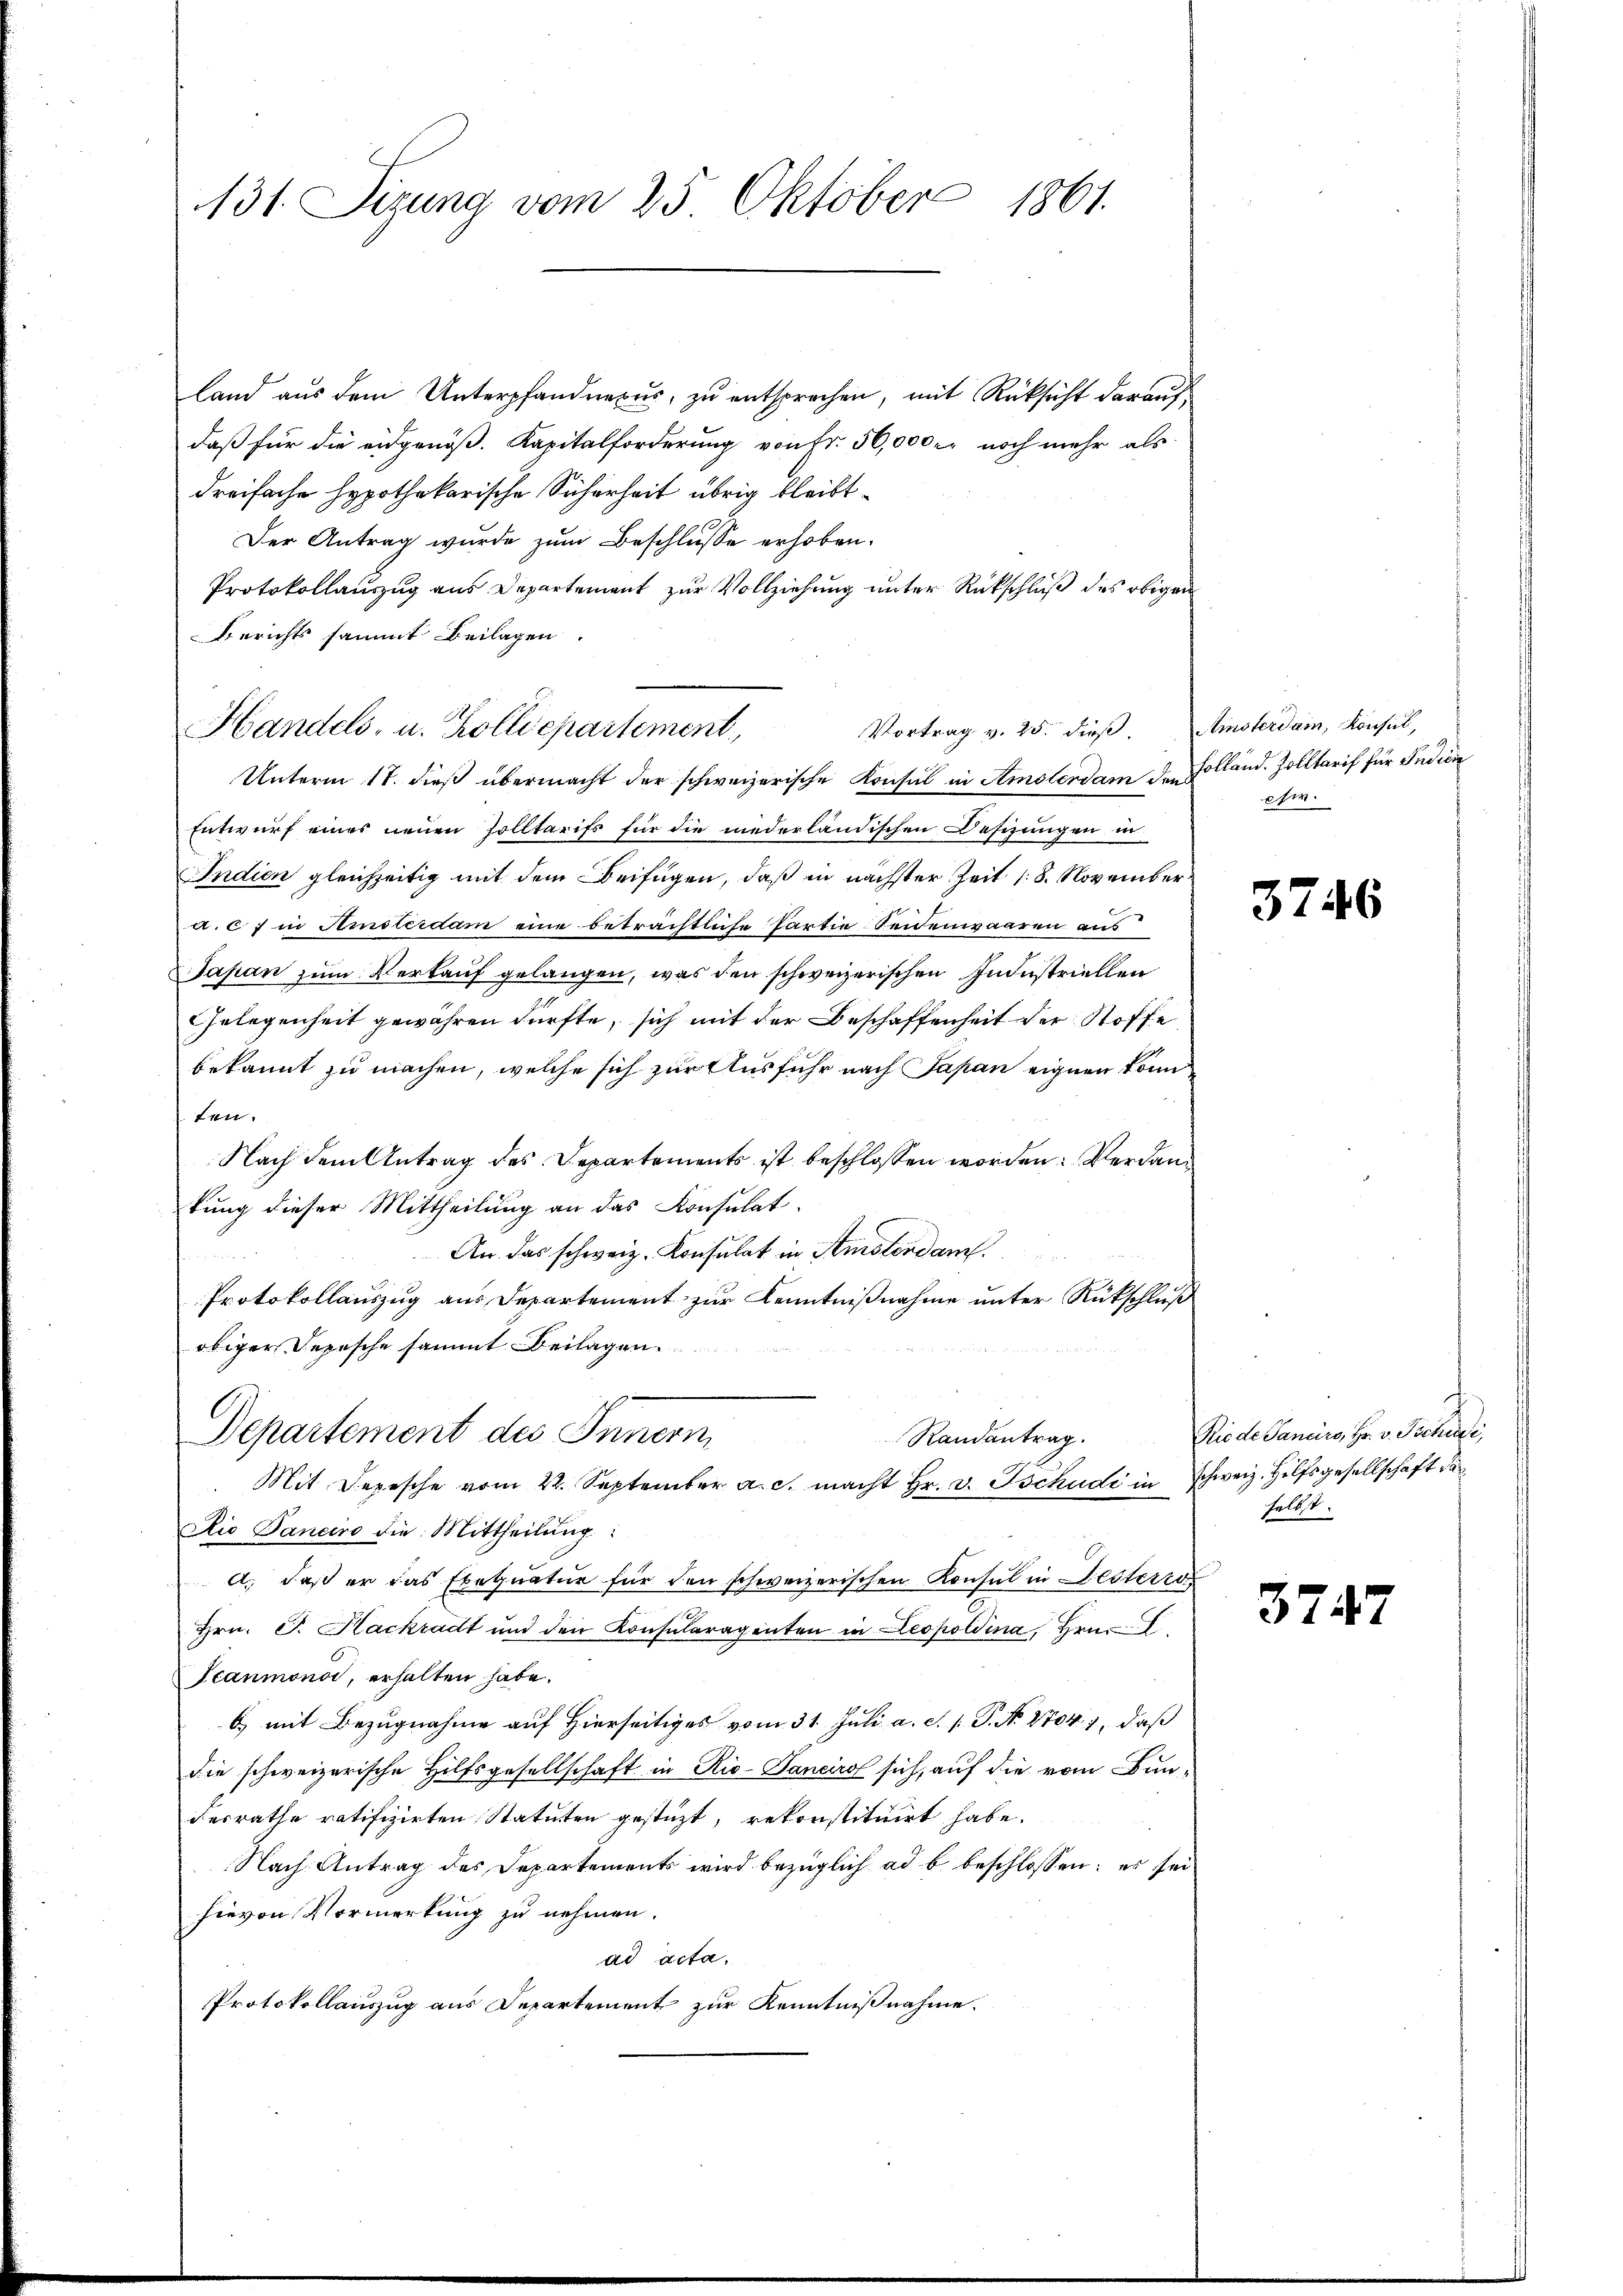
131. Sizung vom 25. Oktober 1861.

land aus dem Unterpfandnexus, zu entsprechen, mit Rücksicht darauf,
daß für die eidgenöß. Kapitalforderung von fr. 56,000 r. noch mehr als
dreifache Hypothekarische Sicherheit übrig bleibt.
Der Antrag wurde zum Beschlusse erhoben.
Protokollauszug aus Departement zur Vollziehung unter Rückschluß des obigen
Berichts sammt Beilagen.
Handels- u. Zolldepartement,
Unterm 17. dieβ übermacht der schweizerische Konsul in Amsterdam den Folland. Zolltarif für Indicin
Entwurf eines neuen Zolltarifs für die niederländischen Desizungen in
Indien gleichzeitig mit dem Beifügen, daß in nächster Zeit 18. November
a. c. 7 in Semsterdam eine beträchtliche Partie Seidenwaaren aus
Japan zum Verkauf gelangen, was den schweizerischen Industriellen
Gelegenheit gewähren dürfte, sich mit der Beschaffenheit der Stoffe
bekannt zu machen, welche sich zur Ausfuhr nach Japan eignen konn
ten.
Nach dem Antrag des Departements ist beschlossen worden: Verdankung dieser Mittheilung an das Konsulat
An. das schweiz. Konsulat in Amsterdam.
u
Protokollauszug aus Departement zur Kenntnißnahme unter Rückschluß
obiger Depesche sammt Beilagen.
Departement des Innern
Randantrag.
Mit Depesche vom 22. September a. c. macht Hr. v. Tschudi in Schweiz. Hilfsgesellschaft de
Aio Banciro die Mittheilung:
A., daß er das Exequatur für den schweizerischen Konsul in Besterras
Hrn. J. Hackradt und den Konsularagenten in Leopoldina, Hrn.
Scanmonat, erhalten habe.
b) mit Bezugnahme auf Hierseitiges vom 31. Juli a. c. s. S. N. 2704. 1, daß
die schweizerische Hilfsgesellschaft in Rio- Sanciro sich, auf die vom Bun¬
Ferrathe ratifizirten Statuten gestüzt, rekonstituirt habe.
Nach Antrag des Departements wird bezüglich ad b. beschlossen: es sei
hievon Vormerkung zu nehmen.
ad acta.
Protokollauszug aus Departement zur Kenntnißnahme.

Vortrag v. 25. dieβ Amsterdam, Konsul,

efm

3746

Riede Sancirs, Hr. v. Tschudi
selbst.

3747